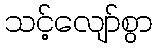
သင့်လျော်စွာ